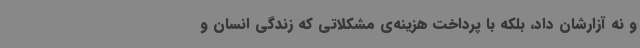
و نه آزارشان داد، بلکه با پرداخت هزینه‌ی مشکلاتی که زندگی انسان و